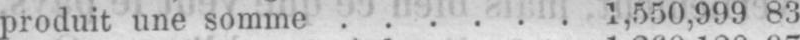
produit une somme ...... 1,550,999 83